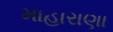
માહારાણા